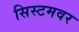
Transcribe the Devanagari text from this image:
सिस्टमवर